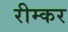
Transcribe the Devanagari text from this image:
रीम्कर